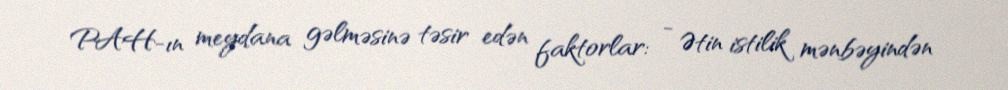
PAH-ın meydana gəlməsinə təsir edən faktorlar: - Ətin istilik mənbəyindən